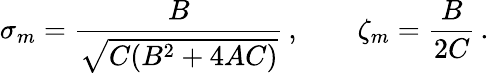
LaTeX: \sigma_{m}={\frac{B}{\sqrt{C(B^{2}+4AC)}}}\, ,\qquad\zeta_{m}={\frac{B}{2C}}\, .